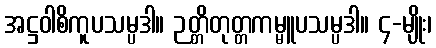
အဋ္ဌဝါစိကူပသမ္ပဒါ။ ဉတ္တိတုတ္တကမ္မူပသမ္ပဒါ။ ၄-မျိုး၊